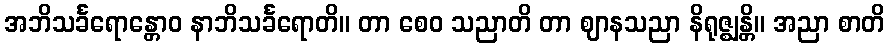
အဘိသင်္ခရောန္တောဝ နာဘိသင်္ခရောတိ။ တာ စေဝ သညာတိ တာ ဈာနသညာ နိရုဇ္ဈန္တိ။ အညာ စာတိ